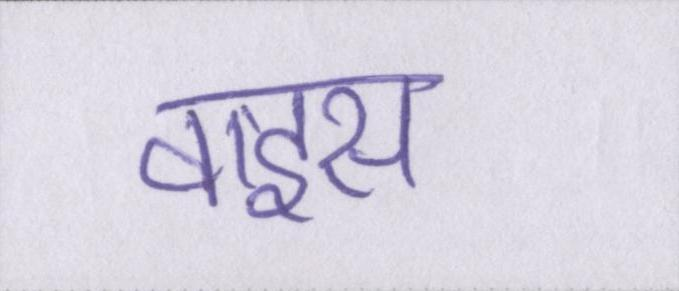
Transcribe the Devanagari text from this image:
वाइस